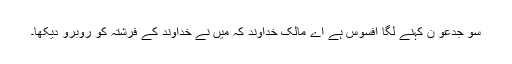
سو جِدعو ن کہنے لگا افسوس ہے اَے مالِک خُداوند کہ مَیں نے خُداوند کے فرِشتہ کو رُوبرُو دیکھا۔